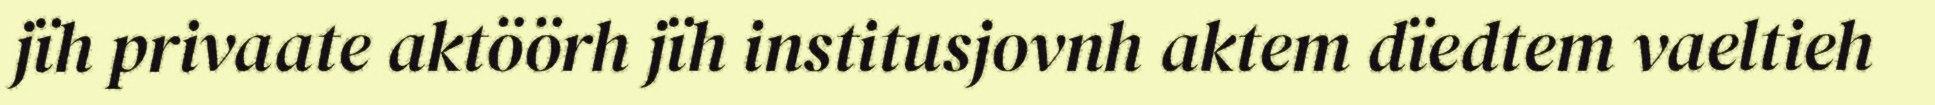
jïh privaate aktöörh jïh institusjovnh aktem dïedtem vaeltieh